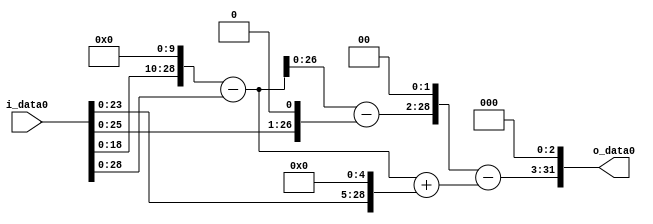
module multiplier_block_67 (
    i_data0,
    o_data0
);
  input   [31:0] i_data0;
  output  [31:0]
    o_data0;
  wire [31:0]
    w1,
    w1024,
    w1023,
    w2,
    w1021,
    w32,
    w1055,
    w4084,
    w3029,
    w24232;
  assign w1 = i_data0;
  assign w1021 = w1023 - w2;
  assign w1023 = w1024 - w1;
  assign w1024 = w1 << 10;
  assign w1055 = w1023 + w32;
  assign w2 = w1 << 1;
  assign w24232 = w3029 << 3;
  assign w3029 = w4084 - w1055;
  assign w32 = w1 << 5;
  assign w4084 = w1021 << 2;
  assign o_data0 = w24232;
endmodule